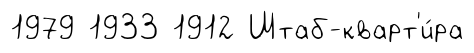
1979 1933 1912 Штаб-кварт'и́ра